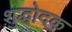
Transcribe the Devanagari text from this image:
शुद्धोदक